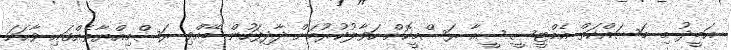
އަބީދު މި މަސައްކަތް އެމްޓީސީސީއާ ރަސްމީކޮށް ހަވާލުކުރުމަށް ދާދިފަހުން ބޭއްވި ރަސްމިއްޔާތެއްގައި ވާޙަކަ